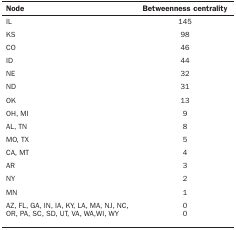
<table><thead><tr><td><b>Node</b></td><td><b>Betweenness centrality</b></td></tr></thead><tbody><tr><td>IL</td><td>145</td></tr><tr><td>KS</td><td>98</td></tr><tr><td>CO</td><td>46</td></tr><tr><td>ID</td><td>44</td></tr><tr><td>NE</td><td>32</td></tr><tr><td>ND</td><td>31</td></tr><tr><td>OK</td><td>13</td></tr><tr><td>OH, MI</td><td>9</td></tr><tr><td>AL, TN</td><td>8</td></tr><tr><td>MO, TX</td><td>5</td></tr><tr><td>CA, MT</td><td>4</td></tr><tr><td>AR</td><td>3</td></tr><tr><td>NY</td><td>2</td></tr><tr><td>MN</td><td>1</td></tr><tr><td>AZ, FL, GA, IN, IA, KY, LA, MA, NJ, NC,  OR, PA, SC, SD, UT, VA, WA,WI, WY</td><td>0</td></tr><tr><td>0</td><td></td></tr></tbody></table>